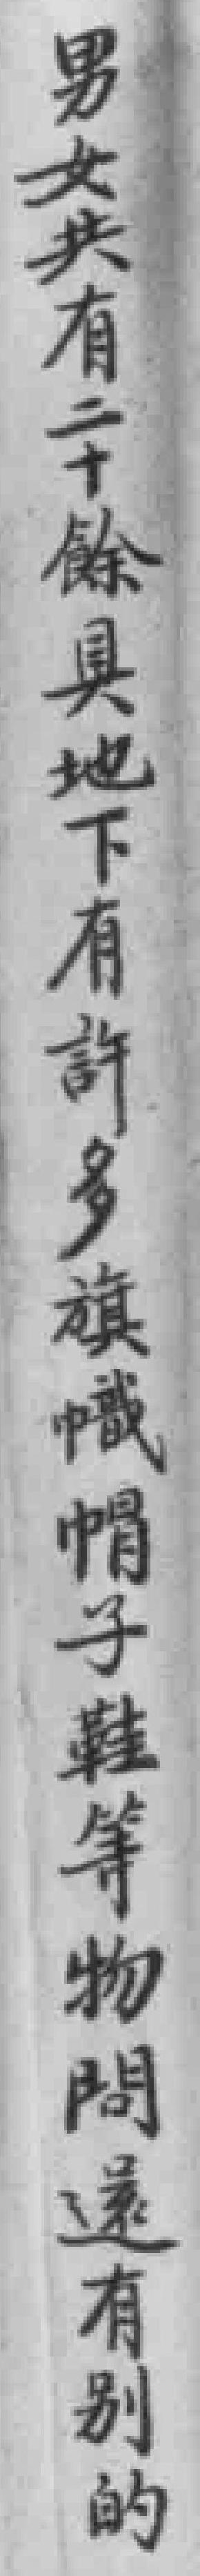
男女共有二十餘具地下有許多旗幟帽子鞋等物問還有別的